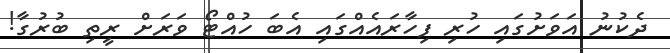
ދެކުނު އަވަށުގައި ހުރި ފިހާރައެއްގައި އެބަ ހުއްޓޯ ވަރަށް ރީތި ބުރުގާ!